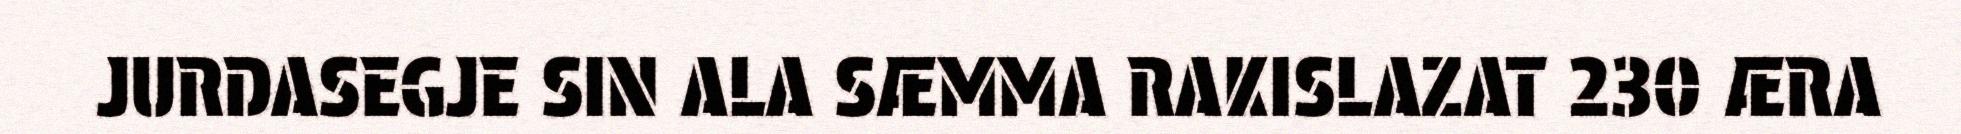
JURDASEGJE SIN ALA SÆMMA RAKISLAZAT 230 ÆRA